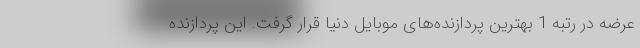
عرضه در رتبه 1 بهترین پردازنده‌های موبایل دنیا قرار گرفت. این پردازنده